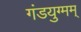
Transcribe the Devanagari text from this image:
गंडयुग्मम्